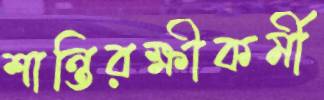
শান্তিরক্ষীকর্মী